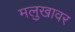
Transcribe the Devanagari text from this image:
मलुखावर